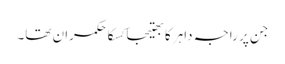
جن پر راجہ داہر کا بھتیجا کسکا حکمران تھا۔